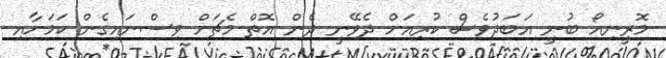
މޮރީނިއޯ ބުނީ އަބަދުވެސް ކުރިއަށް ދެވޭނީ ދެން އޮތް މެޗަށް ވިސްނައިގެން ކަމަށާއި